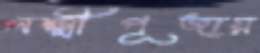
লক্ষ্মীপূজায়